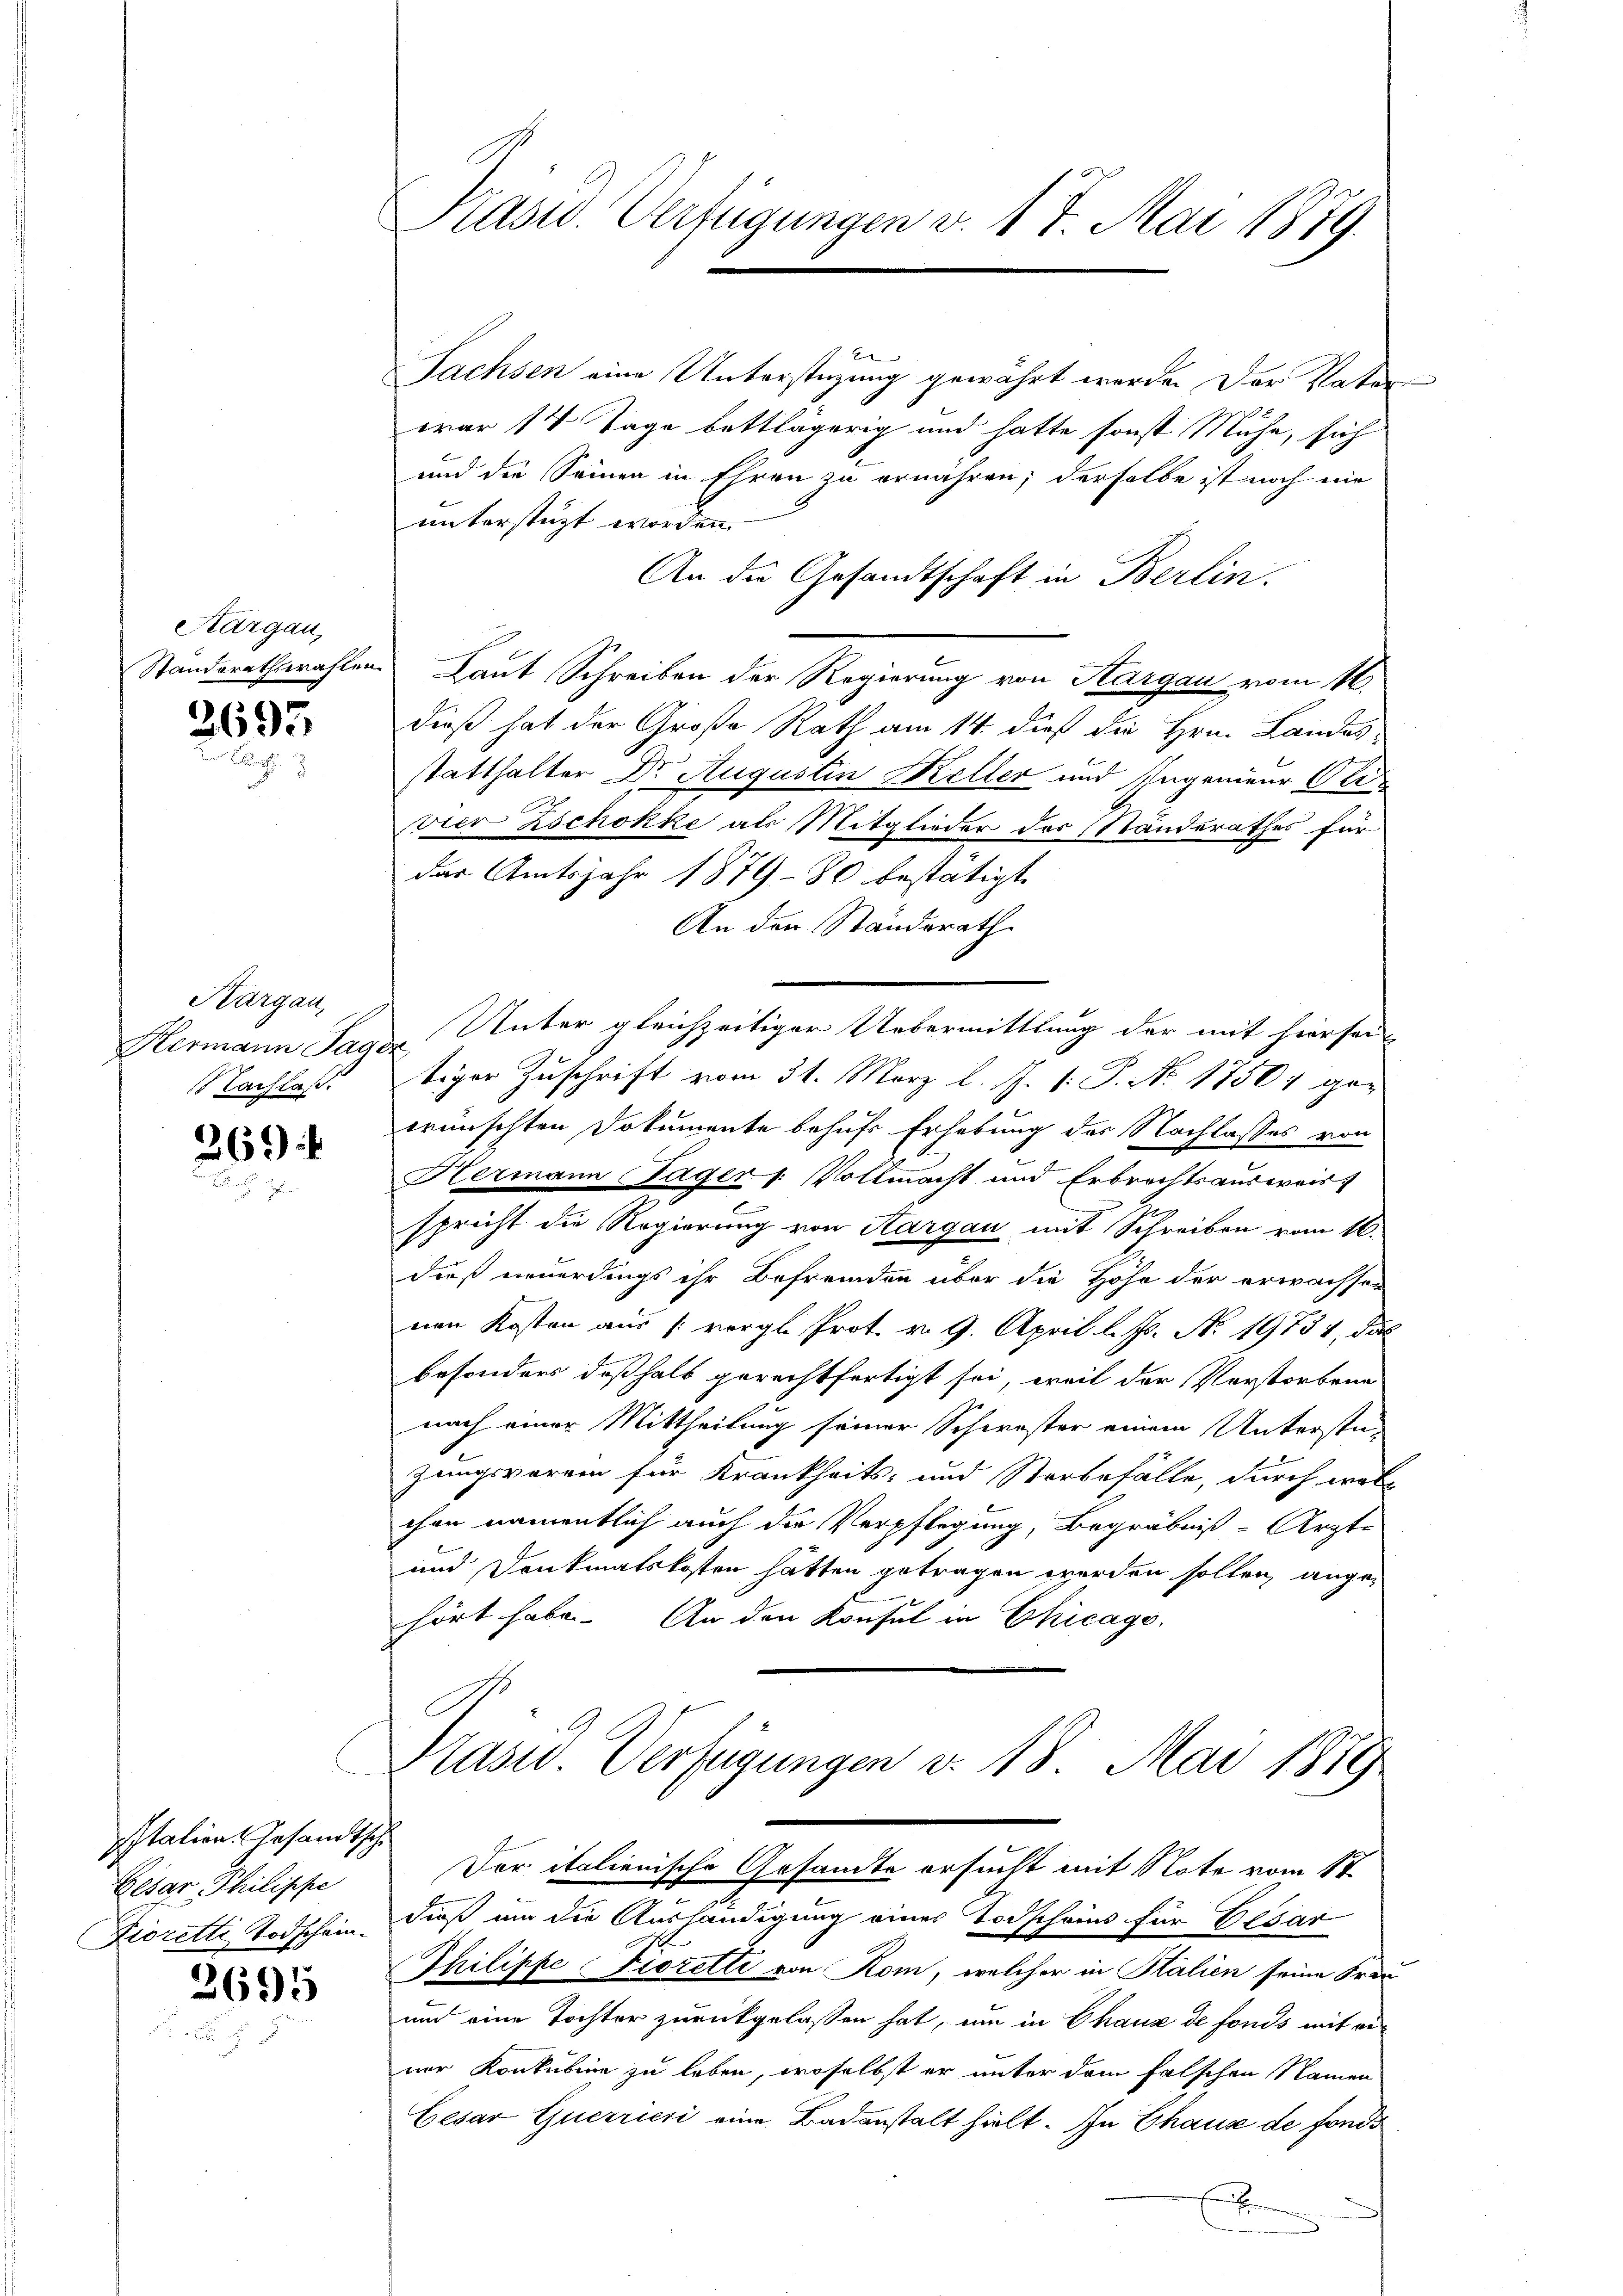
Kargau,
Standerathswrasten

2695

Aargau
Nachlaß.

)
26

sstation. Gesandtsche
Besar Philippe
Fioretti Todschein.

2695

Präsid. Verfügungen v. 17. Mai 1879.

. E
Sachsen eine Unterstüzung gewährt werde. Der Vater-
war 14 Tage bettlägerig und hatte sonst Mühe, sich
und die Seinen in Ehren zu ernähren; derselbe ist noch nie
unterstüzt worden.
An die Gesandtschaft in Berlin.
u Laut Schreiben der Regierung von Aargau vom 16.
dieß hat der Große Rath am 14. dieß die Hrn. Landes
statthalter Dr. Augustin Keller und Ingenieur Or
vier Zschokke als Mitglieder der Standerathes für
das Amtsjahr 1879 - 80 bestätigt
An der Standerath
Hermann Sager Unter gleichzeitiger Uebermittlung der mit hiersei
tiger Zuschrift vom 31. März l. J. P. P. No. 17501 ge-
wünschten Dokumente behufs Erhebung des Nachlasses von
Hermann Gagers. Vollmacht und Erbrechtsausweis
u
spricht die Regierung von Hargau mit Schreiben vom 16.
dieß neuerdings ihr Befremden über die Höhe der erwachsen
nen Kosten aus vergl. Prot. v. 9. April l. Js. No. 19734, das
besonders deßhalb gerechtfertigt sei, weil der Vorstorbene
nach einer Mittheilung seiner Schwester einem Unterstü-
zungsverein für Krankheits- und Sterbefälle, durch woll
chen namentlich auch die Verpflegung, Begräbniß-Ärzte
und Denkmatskosten hätten getragen werden sollen, ange-
hört habe. An den Konsul in Chicago,

Prasw. Verfügungen v. 18. Mai 1879
Dor italienische Gesandte ersucht mit Note vom 17.

dieß um die Aushändigung eines Todscheins für Elsar
Thilippe Fiorelti von Rom, welcher in Halien seine Frau
und eine Tochter zurückgelassen hat, um in Chaux de fonds mit einer Konkubine zu leben, woselbst er unter dem falschen Namen
Cesar Guerrieri eine Badanstalt hielt. In Chaux de fonds
B